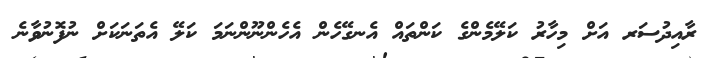
ރާއިދުސަރ އަށް މިހާރު ކަލޭމެންގެ ކަންތައް އެނގޭހެން އެހެންނޫންނަމަ ކަލޭ އެތަނަކަށް ނުފޮނުވާނެ